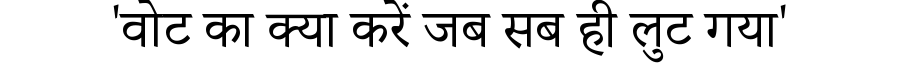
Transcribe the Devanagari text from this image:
'वोट का क्या करें जब सब ही लुट गया'